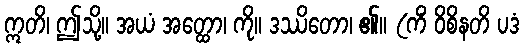
ဣတိ၊ ဤသို့။ အယံ အတ္ထော၊ ကို။ ဒဿိတော၊ ၏။ (ကိံ ဝိစိနတိ ပဒံ